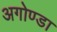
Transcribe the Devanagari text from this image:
अगोण्डा